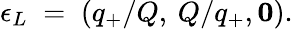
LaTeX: \epsilon_{L}\; =\; (q_{+}/Q,\: Q/q_{+},{\mathbf 0}).